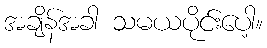
အချိန်အခါ သမယပိုင်းပေါ့။